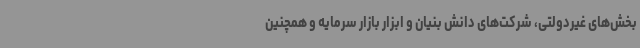
بخش‌های غیردولتی، شرکت‌های دانش بنیان و ابزار بازار سرمایه و همچنین